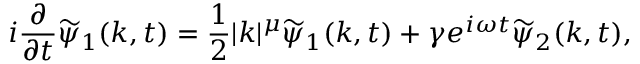
i \frac { \partial } { \partial t } \widetilde { \psi } _ { 1 } ( k , t ) = \frac { 1 } { 2 } | k | ^ { \mu } \widetilde { \psi } _ { 1 } ( k , t ) + \gamma e ^ { i \omega t } \widetilde { \psi } _ { 2 } ( k , t ) ,